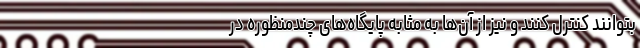
بتوانند کنترل کنند و نیز از آن‌ها به مثابه پایگاه‌های چندمنظوره در